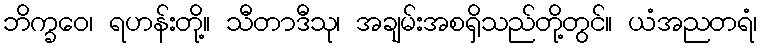
ဘိက္ခဝေ၊ ရဟန်းတို့။ သီတာဒီသု၊ အချမ်းအစရှိသည်တို့တွင်။ ယံအညတရံ၊